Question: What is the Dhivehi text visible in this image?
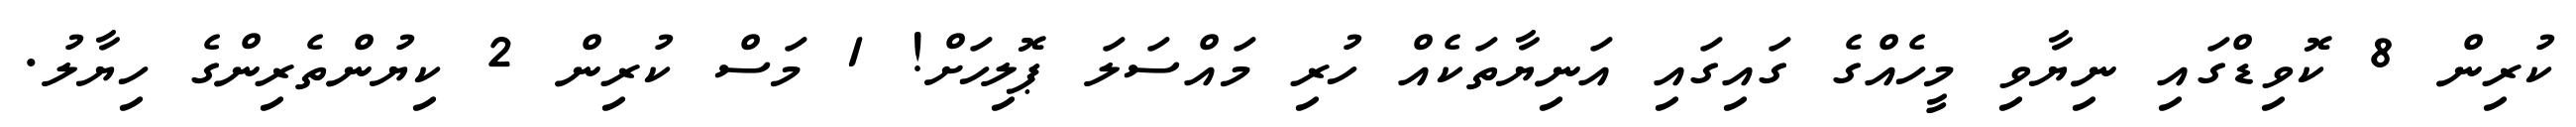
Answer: ކުރިން 8 ކޮވިޑްގައި ނިޔާވި މީހެއްގެ ގައިގައި އަނިޔާތަކެއް ހުރި މައްސަލަ ޕޮލިހަށް! 1 މަސް ކުރިން 2 ކިޔުންތެރިންގެ ހިޔާލު.